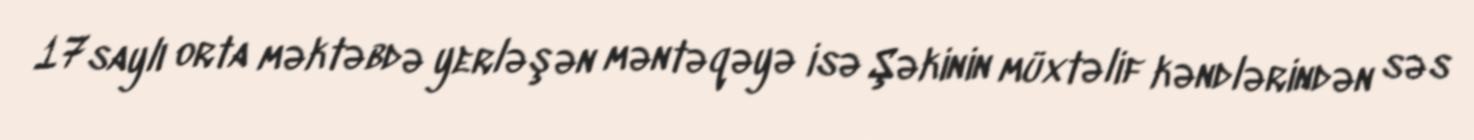
17 saylı orta məktəbdə yerləşən məntəqəyə isə Şəkinin müxtəlif kəndlərindən səs